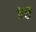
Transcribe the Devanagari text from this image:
॥८